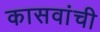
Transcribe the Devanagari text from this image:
कासवांची